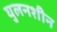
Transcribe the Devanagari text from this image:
घुलनशीन